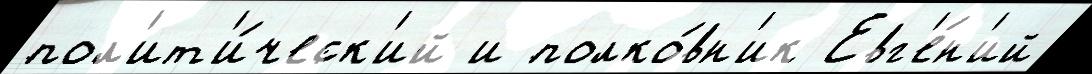
пол'ит'и́ческ'ий и полко́вн'ик Евг'е́н'ий